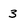
Character: 3